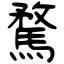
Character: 騖